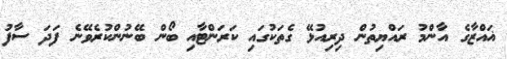
ޣައްޒާގެ އާންމު ރައްޔިތުން ދިރިއުޅޭ ގެތަކުގައި ކަރަންޓާއި ބޯން ބޭނުންކުރެވޭނެ ފަދަ ސާފު